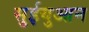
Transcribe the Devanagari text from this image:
सुईयुआन